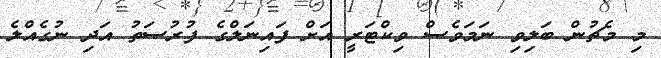
މި މެޗުން ބަލިވި ނަމަވެސް ވިކްޓަރީ އަށް ފައިނަލްގެ ފުރުސަތު އަދި ނުގެއްލެ